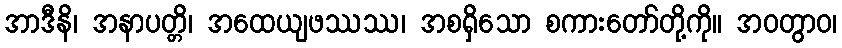
အာဒီနိ၊ အနာပတ္တိ၊ အထေယျဖဿဿ၊ အစရှိသော စကားတော်တို့ကို။ အဝတွာဝ၊